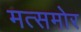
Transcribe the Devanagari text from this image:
मत्समोर